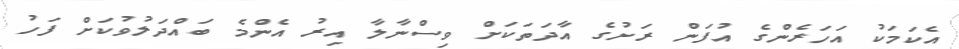
އެކަމަކު އަހަރެންގެ އުފަން ރަށުގެ އާދަތަކަށް ވިސްނާލާ އިރު އެންމެ ބައްދަލުވުކަށް ފަހު